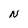
Character: N